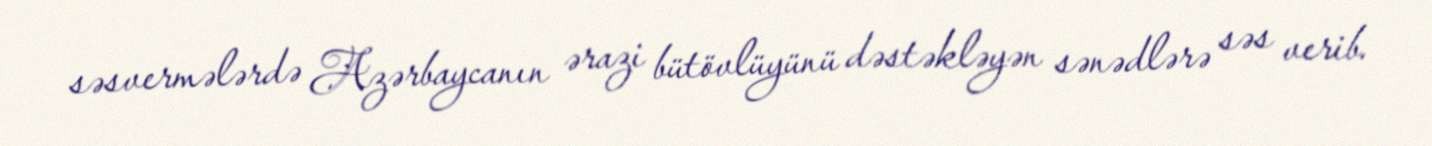
səsvermələrdə Azərbaycanın ərazi bütövlüyünü dəstəkləyən sənədlərə səs verib.